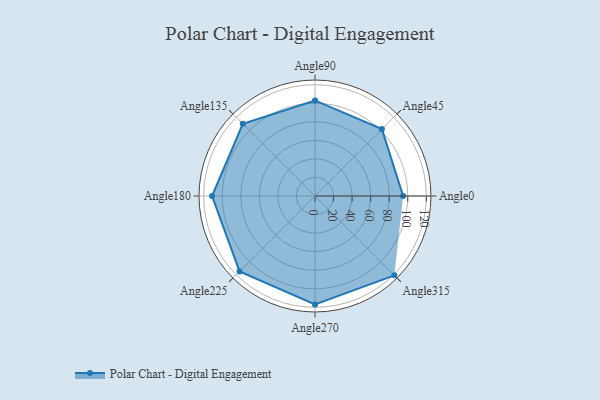
{"axis": {"x": "Angle", "y": "Radius"}, "legend": [""], "data": [{"x": "Angle0", "y": 95.0, "type": ""}, {"x": "Angle45", "y": 102.0, "type": ""}, {"x": "Angle90", "y": 103.0, "type": ""}, {"x": "Angle135", "y": 110.0, "type": ""}, {"x": "Angle180", "y": 111.0, "type": ""}, {"x": "Angle225", "y": 115.0, "type": ""}, {"x": "Angle270", "y": 117.0, "type": ""}, {"x": "Angle315", "y": 121.0, "type": ""}]}